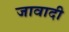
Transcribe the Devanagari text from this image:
जावादी